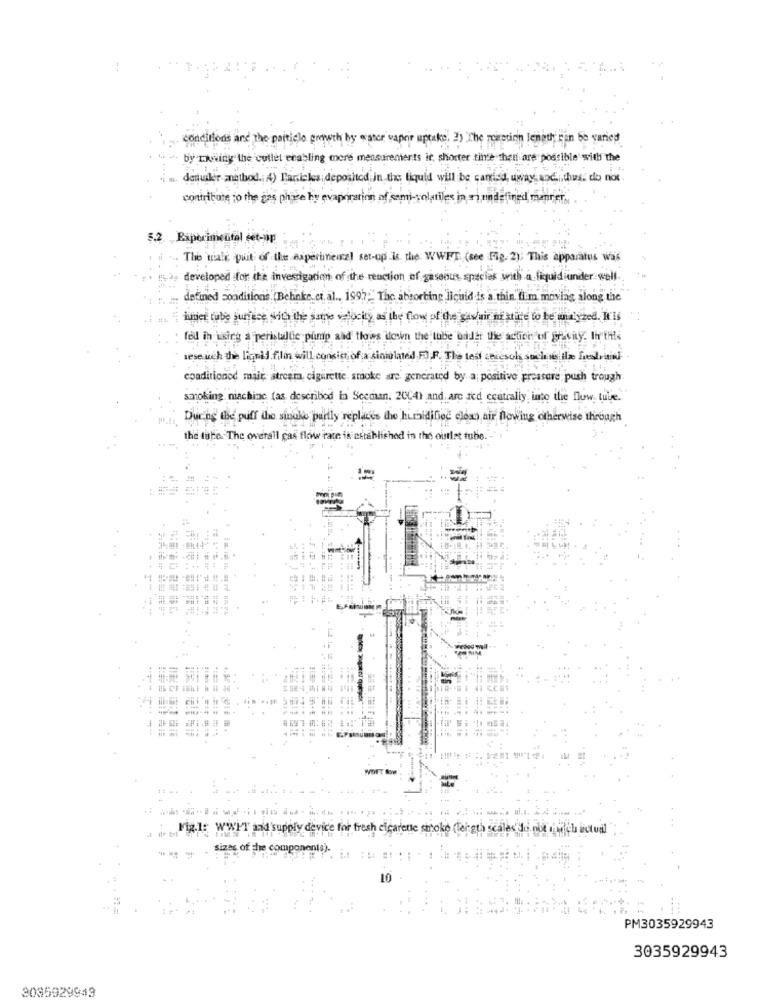
conditions and the particle growth by water vapor uptake, 2) The reaction length ran be varied
-- by-rwwiny the cutlet enabling mere measurements ir, shorter tinte that are possible with the
denuiker method. 4) Particles deposited in the liquid will be carried, uway, and.ithus. do not.
contribute to the gas phase hy evaporation of semi-volatiles in m undefined manner.
5.2 Experimental set-up
The viale puit of the experimenel set-op is the. WWFT. (see Fig. 2). This apparatus was
developed for ite investigation of the reaction of gaseous species with a liquidiunder well
defined conditions (Behnke, et al ., 199)."The absorbing liquid is a thin film moving along the
iner tube surface with the same wacky as the flow of the saw/air me state to be analyzed. I'll
fed in ixirg a peristallie pump and tlows down the tube bader the action of gravity, Ih this
seseuch the ligny fili will consist of a sinolated F. F. The test ceresole sache is the Lead ruins
epadirioned mair atreem, cigarette smoke are generated by a positive pressure push trough
smoking niachinc (as described in Seeman. 2004) and are red centrally inte the flow, tuve."
During the puff the sinuke partly replaces the humidified clean air flowing otherwise through
the tale. The overall car flow rate is established in the outlet tube.
Fig.1: WWFT aid'supply device for fresh cigarette smoke (ler gth scales"do not och actual
sizes Of
e compos
10
PM3035929943
3035929943
3085929943